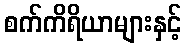
စက်ကိရိယာများနှင့်